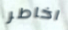
اخاطر